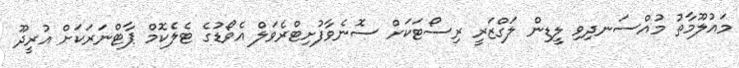
މައުލޫމާތު މުއްސަނދިވި ލީޑިން ލަގްޒަރީ ރިސޯޓަކަށް ސޮނެވާފުށިޓްރެވަލް އެވޯޑުގެ ޓެލެކޮމް ޕާޓްނަރަކަށް އުރީދޫ